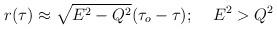
LaTeX: \begin{align*}r(\tau)\approx\sqrt{E^2-Q^2}(\tau_o-\tau);\;\;\;\;E^2>Q^2\end{align*}